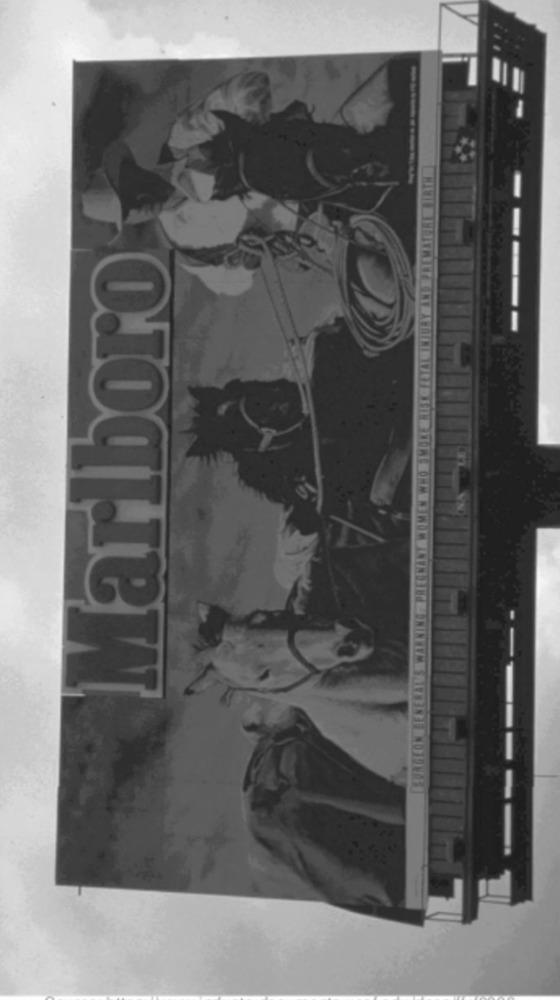
Marlboro
-----
------